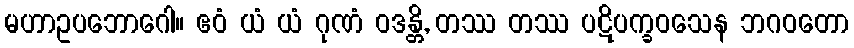
မဟာဥပဘောဂေါ။ ဧဝံ ယံ ယံ ဂုဏံ ဝဒန္တိ, တဿ တဿ ပဋိပက္ခဝသေန ဘဂဝတော